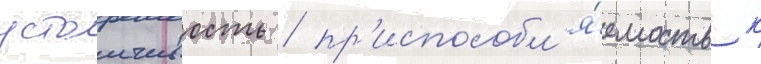
устоичивость / пр'испособл'я́емость к